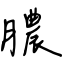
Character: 膿